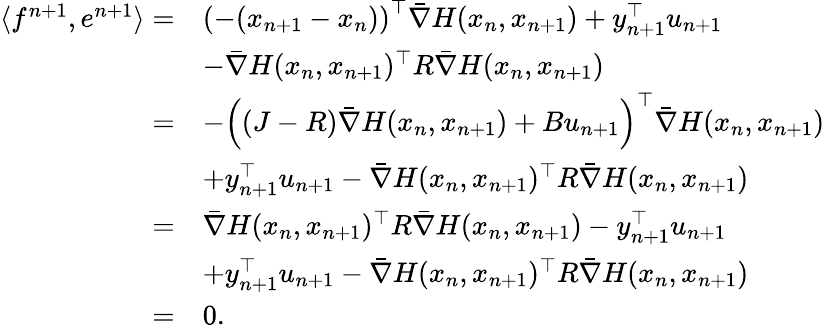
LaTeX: \begin{array}{rl}{\langle f^{n+1},e^{n+1}\rangle=}&{\left(-(x_{n+1}-x_{n})\right)^{\top}\bar{\nabla}H(x_{n},x_{n+1})+y_{n+1}^{\top}u_{n+1}}\\ &{-\bar{\nabla}H(x_{n},x_{n+1})^{\top}R\bar{\nabla}H(x_{n},x_{n+1})}\\ {=}&{-\left((J-R)\bar{\nabla}H(x_{n},x_{n+1})+Bu_{n+1}\right)^{\top}\bar{\nabla}H(x_{n},x_{n+1})}\\ &{+y_{n+1}^{\top}u_{n+1}-\bar{\nabla}H(x_{n},x_{n+1})^{\top}R\bar{\nabla}H(x_{n},x_{n+1})}\\ {=}&{\bar{\nabla}H(x_{n},x_{n+1})^{\top}R\bar{\nabla}H(x_{n},x_{n+1})-y_{n+1}^{\top}u_{n+1}}\\ &{+y_{n+1}^{\top}u_{n+1}-\bar{\nabla}H(x_{n},x_{n+1})^{\top}R\bar{\nabla}H(x_{n},x_{n+1})}\\ {=}&{0.}\end{array}